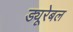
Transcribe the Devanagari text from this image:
ड्यूरेबल